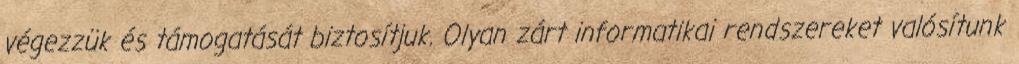
végezzük és támogatását biztosítjuk. Olyan zárt informatikai rendszereket valósítunk